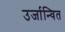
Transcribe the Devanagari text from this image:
उर्जान्वित